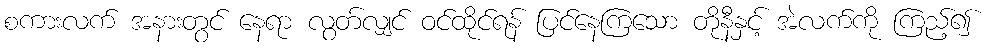
စကားလက် အနားတွင် နေရာ လွတ်လျှင် ဝင်ထိုင်ရန် ပြင်နေကြသော တိုနီနှင့် အဲလက်ကို ကြည့်၍